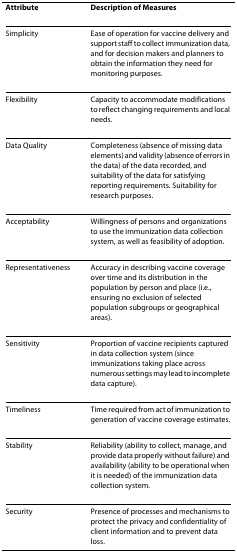
| Attribute | Description of Measures |
 | --- | --- |
 | Simplicity | Ease of operation for vaccine delivery and support staff to collect immunization data, and for decision makers and planners to obtain the information they need for monitoring purposes. |
 | Flexibility | Capacity to accommodate modifications to reflect changing requirements and local needs. |
 | Data Quality | Completeness (absence of missing data elements) and validity (absence of errors in the data) of the data recorded, and suitability of the data for satisfying reporting requirements. Suitability for research purposes. |
 | Acceptability | Willingness of persons and organizations to use the immunization data collection system, as well as feasibility of adoption. |
 | Representativeness | Accuracy in describing vaccine coverage over time and its distribution in the population by person and place (i.e., ensuring no exclusion of selected population subgroups or geographical areas). |
 | Sensitivity | Proportion of vaccine recipients captured in data collection system (since immunizations taking place across numerous settings may lead to incomplete data capture). |
 | Timeliness | Time required from act of immunization to generation of vaccine coverage estimates. |
 | Stability | Reliability (ability to collect, manage, and provide data properly without failure) and availability (ability to be operational when it is needed) of the immunization data collection system. |
 | Security | Presence of processes and mechanisms to protect the privacy and confidentiality of client information and to prevent data loss. |